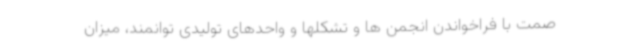
صمت با فراخواندن انجمن ها و تشکلها و واحدهای تولیدی توانمند، میزان